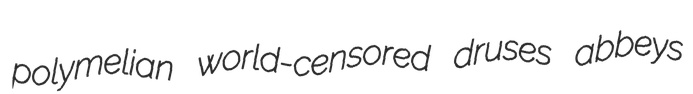
polymelian world-censored druses abbeys